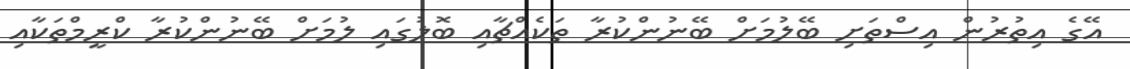
އޭގެ އިތުރުން އިސްތަށި ބޭލުމަށް ބޭނުންކުރާ ތަކެއްޗާއި ބޮލުގައި ލުމަށް ބޭނުންކުރާ ކްރީމްތަކާއި